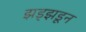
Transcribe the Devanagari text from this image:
झड्झडून